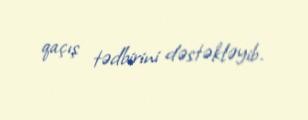
qaçış tədbirini dəstəkləyib.